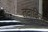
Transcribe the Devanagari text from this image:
तदादित्य